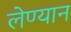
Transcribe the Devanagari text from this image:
लेण्यान